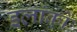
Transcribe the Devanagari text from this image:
इलांकों